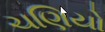
ચણિયો